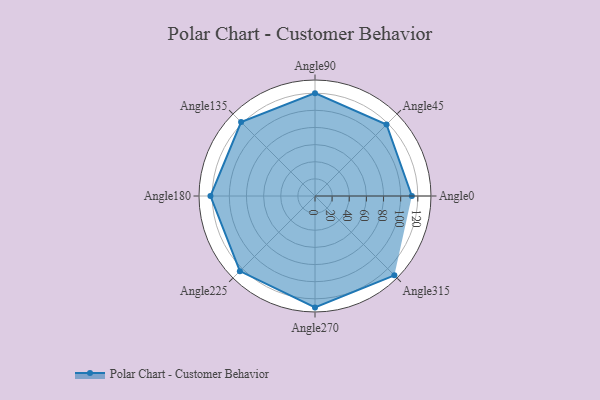
{"axis": {"x": "Angle", "y": "Radius"}, "legend": [""], "data": [{"x": "Angle0", "y": 113.0, "type": ""}, {"x": "Angle45", "y": 118.0, "type": ""}, {"x": "Angle90", "y": 120.0, "type": ""}, {"x": "Angle135", "y": 122.0, "type": ""}, {"x": "Angle180", "y": 122.0, "type": ""}, {"x": "Angle225", "y": 124.0, "type": ""}, {"x": "Angle270", "y": 130.0, "type": ""}, {"x": "Angle315", "y": 131.0, "type": ""}]}